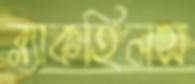
ব্ল্যাকহিলস